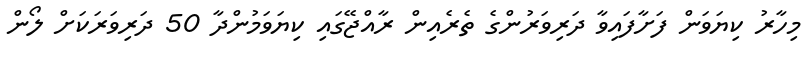
މިހާރު ކިޔަވަން ފަށާފައިވާ ދަރިވަރުންގެ ތެރެއިން ރާއްޖޭގައި ކިޔަވަމުންދާ 50 ދަރިވަރަކަށް ލޯން